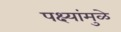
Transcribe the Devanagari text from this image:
पक्ष्यांमुळे